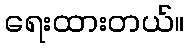
ရေးထားတယ်။